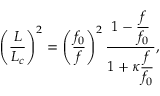
\left( \frac { L } { { L _ { c } } } \right) ^ { 2 } = \left( \frac { { f _ { 0 } } } { f } \right) ^ { 2 } \frac { 1 - \displaystyle \frac { f } { f _ { 0 } } } { 1 + \displaystyle \kappa \displaystyle \frac { f } { f _ { 0 } } } ,